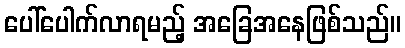
ပေါ်ပေါက်လာရမည့် အခြေအနေဖြစ်သည်။